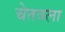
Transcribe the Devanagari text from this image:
चेतवला